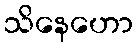
သိနေဟော